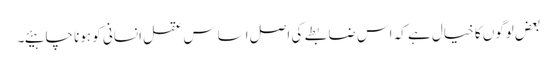
بعض لوگوں کا خیال ہے کہ اس ضابطے کی اصل اساس عقل انسانی کو ہونا چاہیئے۔